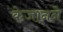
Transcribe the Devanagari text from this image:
केजानने